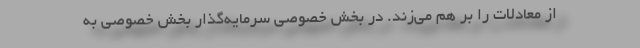
از معادلات را بر هم می‌زند. در بخش خصوصی سرمایه‌گذار بخش خصوصی به